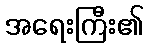
အရေးကြီး၏